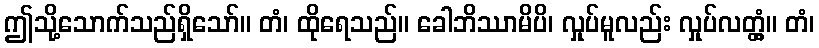
ဤသို့သောက်သည်ရှိသော်။ တံ၊ ထိုရေသည်။ ခေါဘိဿာမိပိ၊ လှုပ်မူလည်း လှုပ်လတ္တံ့။ တံ၊